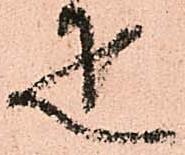
疋